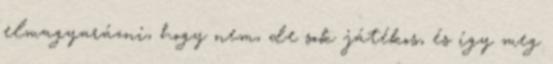
elmagyarázni, hogy nem, de sok játékos, és így meg